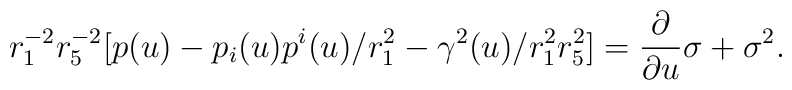
r_1^{-2} r_5^{-2} [p(u) - p_i(u) p^i(u)/r_1^2 - \gamma^2(u)/r_1^2r_5^2] = {{\partial} \over {\partial u}}{\sigma} + \sigma^2.